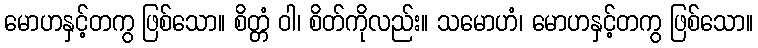
မောဟနှင့်တကွ ဖြစ်သော။ စိတ္တံ ဝါ၊ စိတ်ကိုလည်း။ သမောဟံ၊ မောဟနှင့်တကွ ဖြစ်သော။